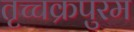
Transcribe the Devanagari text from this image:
तृच्चक्रपुरम